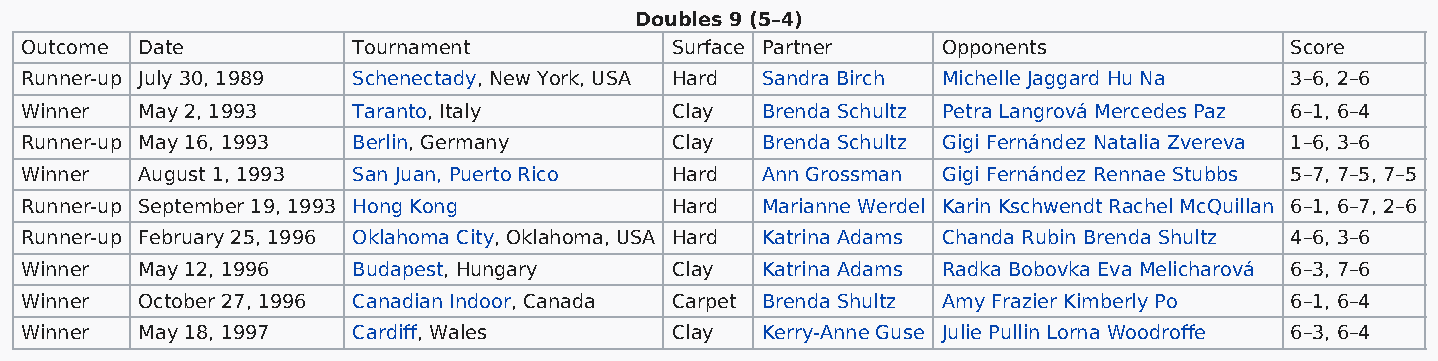
Doubles 9 (5–4)
 Outcome Date          Tournament           Surface Partner   Opponents              Score
 Runner-up July 30, 1989 Schenectady, New York, USA Hard Sandra Birch Michelle Jaggard Hu Na 3–6, 2–6
 Winner  May 2, 1993   Taranto, Italy       Clay  Brenda Schultz Petra Langrová Mercedes Paz 6–1, 6–4
 Runner-up May 16, 1993 Berlin, Germany     Clay  Brenda Schultz Gigi Fernández Natalia Zvereva 1–6, 3–6
 Winner  August 1, 1993 San Juan, Puerto Rico Hard Ann Grossman Gigi Fernández Rennae Stubbs 5–7, 7–5, 7–5
 Runner-up September 19, 1993 Hong Kong     Hard  Marianne Werdel Karin Kschwendt Rachel McQuillan 6–1, 6–7, 2–6
 Runner-up February 25, 1996 Oklahoma City, Oklahoma, USA Hard Katrina Adams Chanda Rubin Brenda Shultz 4–6, 3–6
 Winner  May 12, 1996  Budapest, Hungary    Clay  Katrina Adams Radka Bobovka Eva Melicharová 6–3, 7–6
 Winner  October 27, 1996 Canadian Indoor, Canada Carpet Brenda Shultz Amy Frazier Kimberly Po 6–1, 6–4
 Winner  May 18, 1997  Cardiff, Wales       Clay  Kerry-Anne Guse Julie Pullin Lorna Woodroffe 6–3, 6–4